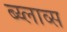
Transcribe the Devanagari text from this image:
ब्य्लाव्स